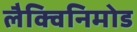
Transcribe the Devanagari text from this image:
लैक्विनिमोड